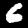
Digit: 6